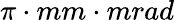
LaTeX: \pi\cdot mm\cdot mrad